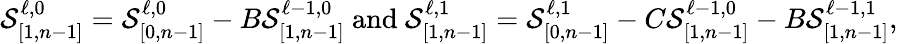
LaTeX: \mathcal{S}_{[1,n-1]}^{\ell,0}=\mathcal{S}_{[0,n-1]}^{\ell,0}-B\mathcal{S}_{[1,n-1]}^{\ell-1,0}\mathrm{~and~}\mathcal{S}_{[1,n-1]}^{\ell,1}=\mathcal{S}_{[0,n-1]}^{\ell,1}-C\mathcal{S}_{[1,n-1]}^{\ell-1,0}-B\mathcal{S}_{[1,n-1]}^{\ell-1,1},